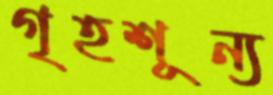
গৃহশূন্য